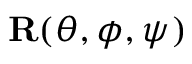
{ \bf R } ( \theta , \phi , \psi )